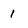
Character: 1